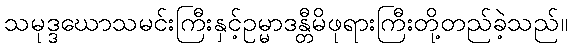
သမုဒ္ဒဃောသမင်းကြီးနှင့်ဥမ္မာဒန္တီမိဖုရားကြီးတို့တည်ခဲ့သည်။